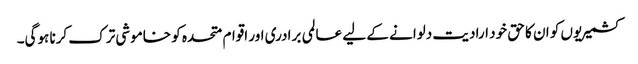
کشمیریوں کو ان کا حق خود ارادیت دلوانے کے لیے عالمی برادری اور اقوام متحدہ کو خاموشی ترک کرنا ہوگی۔